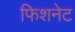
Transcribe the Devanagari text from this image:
फिशनेट